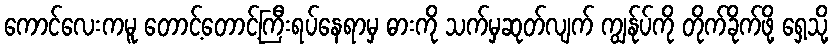
ကောင်လေးကမူ တောင့်တောင့်ကြီးရပ်နေရာမှ ဓားကို သက်မှဆုတ်လျက် ကျွန်ုပ်ကို တိုက်ခိုက်ဖို့ ရှေ့သို့